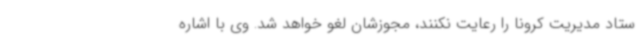
ستاد مدیریت کرونا را رعایت نکنند، مجوزشان لغو خواهد شد. وی با اشاره